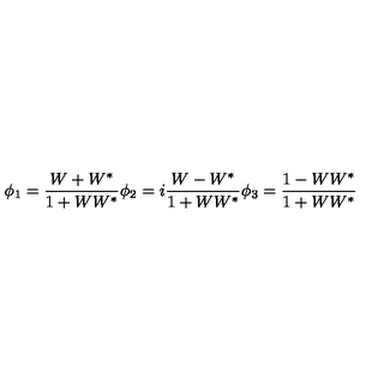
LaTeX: \phi _ { 1 } = \frac { W + W ^ { * } } { 1 + W W ^ { * } } \phi _ { 2 } = i \frac { W - W ^ { * } } { 1 + W W ^ { * } } \phi _ { 3 } = \frac { 1 - W W ^ { * } } { 1 + W W ^ { * } } \,